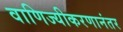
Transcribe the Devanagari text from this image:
वाणिज्यीकरणानंतर